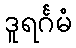
ဒူရင်္ဂမံ